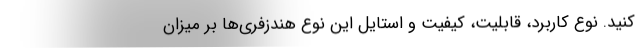
کنید. نوع کاربرد، قابلیت، کیفیت و استایل این نوع هندزفری‌ها بر میزان